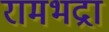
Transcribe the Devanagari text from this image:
रामभद्रा